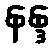
နန္ဒ